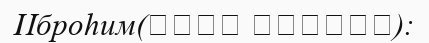
Иброһим(عليه السلام):